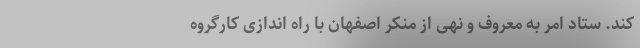
کند. ستاد امر به معروف و نهی از منکر اصفهان با راه اندازی کارگروه